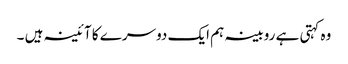
وہ کہتی ہے روبینہ ہم ایک دوسرے کا آئینہ ہیں ۔